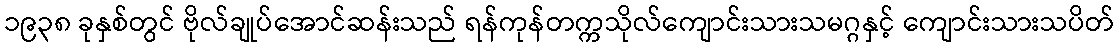
၁၉၃၈ ခုနှစ်တွင် ဗိုလ်ချုပ်အောင်ဆန်းသည် ရန်ကုန်တက္ကသိုလ်ကျောင်းသားသမဂ္ဂနှင့် ကျောင်းသားသပိတ်